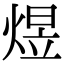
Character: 煜